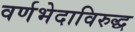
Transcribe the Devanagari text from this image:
वर्णभेदाविरुद्ध